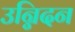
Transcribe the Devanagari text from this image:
उन्निदन